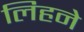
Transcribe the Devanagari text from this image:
लिहने